Alphabetical list of drugs, medicines and other preparations free from, and containing, spirit compiled from the results of tests made by the customs houses at Calcutta, Bombay, and Madras
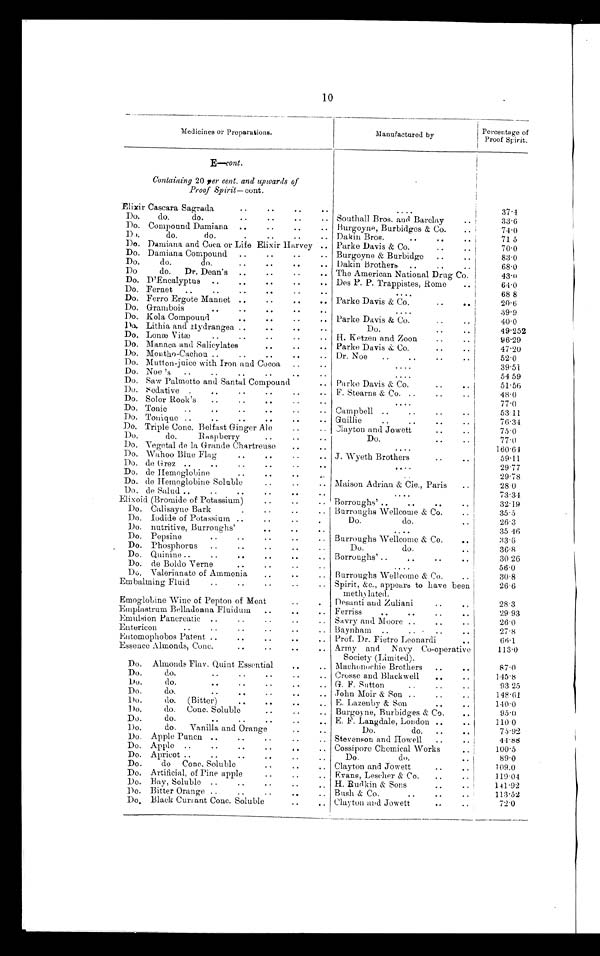
10
Medicines or Preparations.
Manufactured by
Percentage of
Proof Spirit.
E—cont.
Containing 20 per cent. and upwards of
Proof Spirit—cont.
Elixir Cascara Sagrada
..
..
..
. .
....
37.4
Do.
do.
do.
..
..
..
.. Southall Bros. and Barclay
..
3 3 . 6
Do. Compound Damiana ..
..
..
.. Burgoyne, Burbidges & Co.
..
74.0
Do.
do.
do.
.. . .
. . Dakin Bros.
..
..
71 5
Do. Damiana and Coca or Life Elixir Harvey .. Parke Davis & Co.
70.0
Do. Damiana Compound ..
..
..
.. Burgoyne & Burbidge ..
..
83.0
Do.
do.
do. . .
. .
. .
. . Dakin Brothers ..
..
..
68.0
Do
do. Dr. Dean's ..
..
.. The American National Drug Co.
43.0
Do. D'Encalyptus ..
..
..
..
.. Des P. P. Trappistes, Rome
..
64.0
Do. Fernet ..
..
..
..
....
68 8
Do. Ferro Ergote Mannet ..
..
..
.. Parke Davis & Co.
..
..
2 0 . 6
Do. Grambois
..
..
..
..
..
....
39.9
Do. Kola Compound
..
.. Parke Davis & Co.
..
..
40.0
Do. Lithia and Hydrangea ..
..
..
..
Do.
..
..
49.252
Do. Lonæ Vitæ
..
..
..
.. H. Ketzen and Zoon
..
..
96.29
Do. Manaca and Salicylates
..
..
.. Parke Davis & Co.
..
..
47.20
Do. Mentho-Cachou ..
..
..
..
.. Dr. Noe
..
..
..
52.0
Do. Mutton-juice with Iron and Cocoa ..
..
....
3 9 . 5 1
Do. Noe 's ..
..
..
..
..
..
....
54 59
Do. Saw Palmetto and Santal Compound
.. Parke Davis & Co.
..
..
51.56
Do. Sedative .
..
..
..
..
.. F. Stearns & Co. ..
..
..
48.0
Do. Solor Rook's
..
..
..
..
....
77.0
Do. Tonic
..
..
..
..
..
.. Campbell ..
..
..
53.11
Do. Tonique ..
..
..
..
..
.. Guillie
..
..
..
76.34
Do. Triple Conc. Belfast Ginger Ale
.. Clayton and Jowett
..
75.0
Do.
do.
Raspberry
..
..
..
Do.
..
..
77.0
Do. Vegetal de la Grande Chartreuse
..
..
....
160.64
Do. Wahoo Blue Flag
..
..
.. J. Wyeth Brothers
..
..
59.11
Do. do Grez ..
..
..
..
..
.. ....
29.77
Do. de Hemoglobine
..
..
..
. .
..
29.78
Do. de Hemoglobine Soluble
.. Maison Adrian & Cie., Paris
..
28.0
Do. de Salud ..
..
..
..
..
..
. . . .
73.34
Elixoid (Bromide of Potassium)
..
.. Borroughs' ..
..
..
32.19
Do. Calisayne Bark
..
..
.. Burroughs Wellcome & Co.
..
3 5 . 5
Do. Iodide of Potassium
..
..
.
Do.
do.
..
26.3
Do. nutritive, Burroughs'
..
..
..
....
35.46
Do. Pepsine
..
..
..
.. Burroughs Wellcome & Co.
..
33.6
Do. Phosphorus
..
..
..
Do.
do.
..
36.8
Do. Quinine..
..
..
, . Borroughs' ..
..
..
..
3 0 . 2 6
Do. de Boldo Verne
..
..
....
56.0
Do. V a l e r i a n a t e o f A m m o n i a
. .
. .
. . Burroughs Wellcome & Co.
..
30.8
Embalming Fluid
..
..
..
.. Spirit, &c., appears to have been
ethylated.
26.6
Emoglobine Wine of Pepton of Meat
..
. .
Desanti and Zuliani
..
..
28.3
Emplastrum Belladonna Fluidum
..
..
. . Ferriss
..
..
..
..
2 9 . 9 3
Emulsion Pancreatic ..
..
..
.. Savry and Moore ..
..
26.0
Entericon
..
..
..
..
..
.. Baynham ..
..
..
..
27.8
Entomophobos Patent ..
..
..
..
.. Prof. Dr. Fietro Leonardi
. .
66.1
Essence Almonds, Conc.
..
..
. . Army and Navy Co-operative
Society (Limited).
113.0
Do. Almonds Flav. Quint Essential
..
.. Machonochie Brothers ..
. .
87.0
Do.
do.
..
..
..
..
.. Crosse and Blackwell
..
145.8
Do.
do.
.. ..
..
.. G. F. Sutton
..
93 25
Do.
do.
..
..
..
..
.. John Moir & Son ..
..
..
1 4 8 . 6 1
Do.
do. (Bitter)
..
..
..
.. E. Lazenby & Son
..
..
140.0
Do.
do. Conc. Soluble
..
Burgoyne, Burbidges & Co.
..
95.0
Do.
do.
..
..
..
..
.. E. F. Langdale, London
110.0
Do.
do. Vanilla and Orange
..
..
Do.
do. ..
75.92
Do. Apple Puncn ..
..
..
..
.. Stevenson and Howell
..
44.88
Do. Apple ..
..
Cossipore Chemical Works
..
100.5
Do. Apricot ..
..
..
..
Do.
do.
..
89.0
Do.
do Conc. Soluble
..
.. Clayton and Jowett
..
..
109.0
Do. Artificial, of Pine apple
..
..
.. Evans, Lescher & Co.
..
..
119.04
Do. Bay, Soluble ..
..
..
H. Rudkin & Sons
..
..
141.92
Do. Bitter Orange ..
..
..
..
.. Bush & Co.
..
..
..
1 1 3 . 5 2
Do. Black Currant Conc. Soluble
..
.. Clayton and Jowett
..
72.0